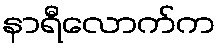
နာရီလောက်က